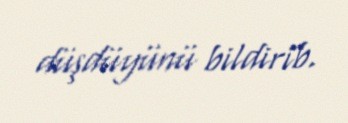
düşdüyünü bildirib.